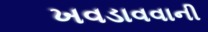
ખવડાવવાની